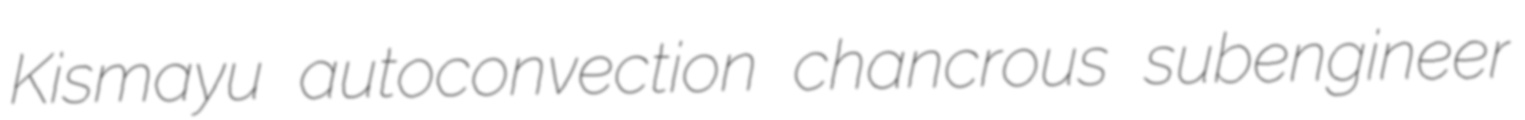
Kismayu autoconvection chancrous subengineer